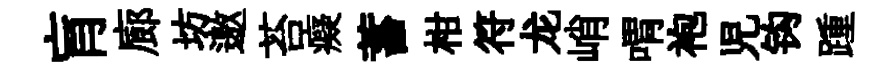
肓廊坊邀苔癡蓄柑符龙峭喟袍児钩踵